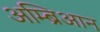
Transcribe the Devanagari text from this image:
अम्ब्रिआन